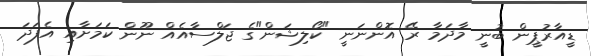
ޑީއާރުޕީން ބުނީ މާދަމާ ރޭ އޮންނަނީ "ކޯލިޝަން"ގެ ޖަލްސާއެއް ނޫން ކަމަށާއި އެފަދަ